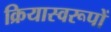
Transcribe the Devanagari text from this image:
क्रियास्वरूपों